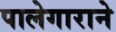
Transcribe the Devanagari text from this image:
पालेगाराने